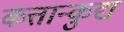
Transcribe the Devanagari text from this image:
कत्तान्कुद्य